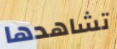
تشاهدها